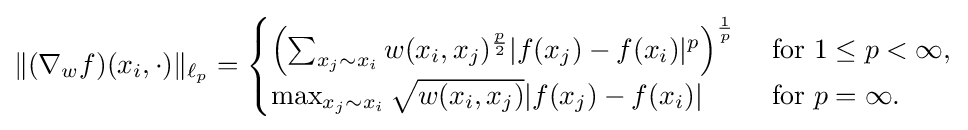
\|(\nabla _{w}f)(x_{i},\cdot )\|_{\ell _{p}}={\begin{cases}\left(\sum _{x_{j}\sim x_{i}}w(x_{i},x_{j})^{\frac {p}{2}}|f(x_{j})-f(x_{i})|^{p}\right)^{\frac {1}{p}}&{\text{ for }}1\leq p<\infty ,\\\max _{x_{j}\sim x_{i}}{\sqrt {w(x_{i},x_{j})}}|f(x_{j})-f(x_{i})|&{\text{ for }}p=\infty .\end{cases}}